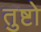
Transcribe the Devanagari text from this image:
तुष्टो